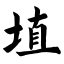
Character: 埴